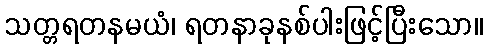
သတ္တရတနမယံ၊ ရတနာခုနစ်ပါးဖြင့်ပြီးသော။